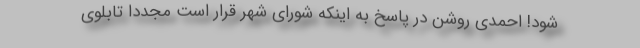
شود! احمدی روشن در پاسخ به اینکه شورای شهر قرار است مجددا تابلوی